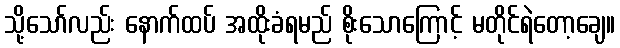
သို့သော်လည်း နောက်ထပ် အထိုးခံရမည် စိုးသောကြောင့် မတိုင်ရဲတော့ချေ။